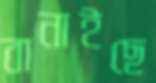
বানাইছে